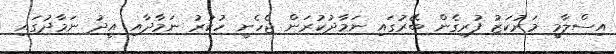
އިސްލާމީ މަރުކަޒު ފުރިގެން ބޭރުގައި ނަމާދުކުރަން ޖެހެނީ ހުކުރު ނަމާދާއި އީދު ނަމާދުގައި